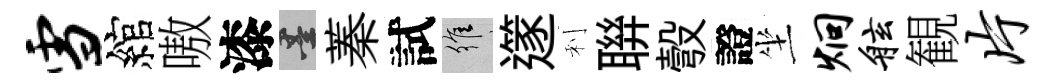
雪綰嗷漆墨蓁試維𨗹利聨彀證坐炯舷観片